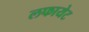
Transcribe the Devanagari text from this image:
लफायेट